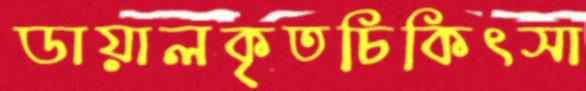
ডায়ালকৃতচিকিৎসা